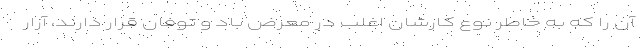
آن را که به خاطر نوع کارشان اغلب در معرض باد و توفان قرار دارند، آزار